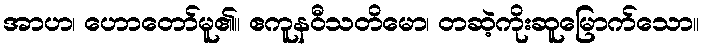
အာဟ၊ ဟောတော်မူ၏။ ဧကူနဝီသတိမော၊ တဆဲ့ကိုးဆူမြောက်သော။